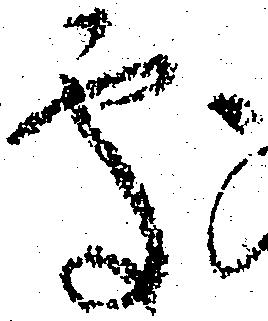
處